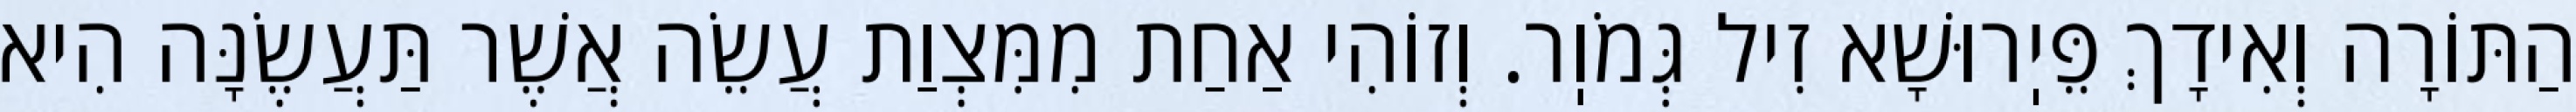
הַתּוֹרָה וְאִידָךְ פֵּיֽרוּשָׁא זִיל גְּמֹוֽר. וְזוֹהִי אַחַת מִמִּצְוַת עֲשֵׂה אֲשֶׁר תַּעֲשֶׂנָּה הִיא